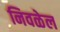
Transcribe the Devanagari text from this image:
निवळेल